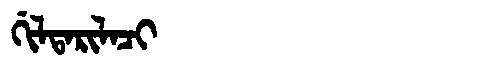
Manchu: ᡤᡳᠯᡨᠠᡵᡳᠯᠠᠴᡳ
Romanization: GILTARILACI